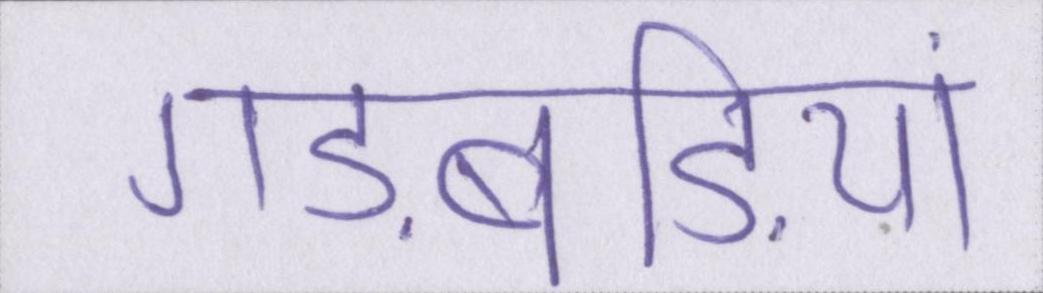
गड़बड़ियां